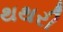
થથરી